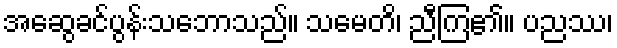
အဆွေခင်ပွန်းသဘောသည်။ သမေတိ၊ ညီကြ၏။ ပညဿ၊